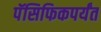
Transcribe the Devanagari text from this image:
पॅसिफिकपर्यंत